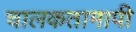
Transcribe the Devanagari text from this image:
चालकतामापी